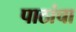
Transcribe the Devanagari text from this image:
पाठांचा